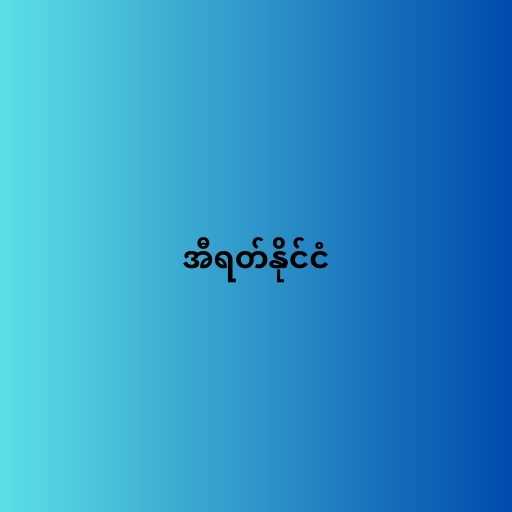
အီရတ်နိုင်ငံ